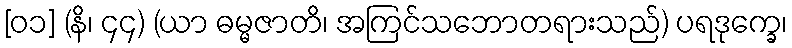
[၀၁] (နိ၊ ၄၄) (ယာ ဓမ္မဇာတိ၊ အကြင်သဘောတရားသည်) ပရဒုက္ခေ၊